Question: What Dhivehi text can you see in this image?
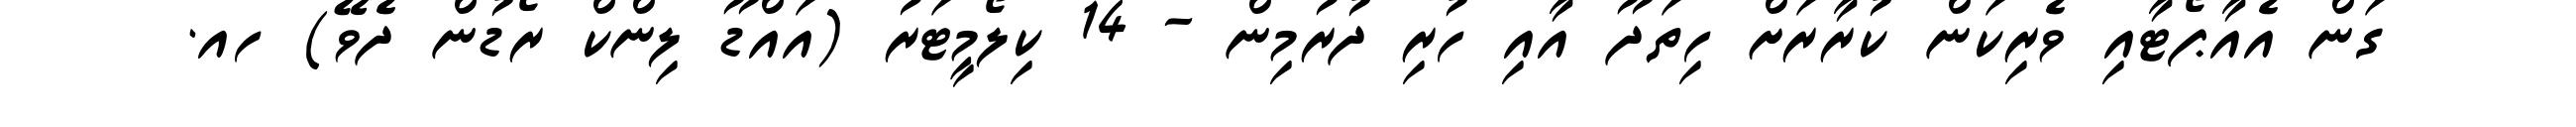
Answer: ގަން އެއާޕޯޓާއި ވެރިކަން ކުރާރަށް ހިތަދޫ އާއި ހުރި ދުރުމިން - 14 ކިލޯމީޓަރު (އައްޑޫ ލިންކް ރޯޑުން ދެވޭ) ހއ.